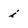
Character: i